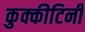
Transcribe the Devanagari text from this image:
कुक्कीटिनी